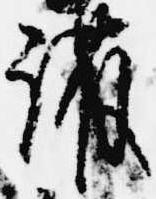
護